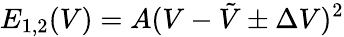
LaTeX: E_{1,2}(V)=A(V-\tilde{V}\pm\Delta V)^{2}